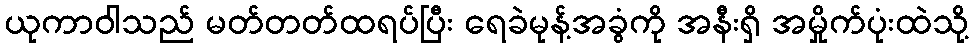
ယုကာဝါသည် မတ်တတ်ထရပ်ပြီး ရေခဲမုန့်အခွံကို အနီးရှိ အမှိုက်ပုံးထဲသို့